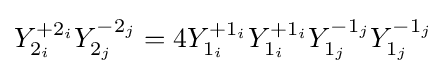
Y_{2_{i}}^{+2_{i}}Y_{2_{j}}^{-2_{j}}=4Y_{1_{i}}^{+1_{i}}Y_{1_{i}}^{+1_{i}}Y_{1_{j}}^{-1_{j}}Y_{1_{j}}^{-1_{j}}